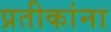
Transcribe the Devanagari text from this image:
प्रतीकांना